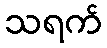
သရက်